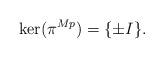
LaTeX: \begin{align*}\ker(\pi^{Mp}) = \{ \pm I \}.\end{align*}